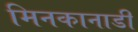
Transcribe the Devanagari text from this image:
मिनकानाडी